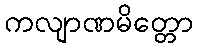
ကလျာဏမိတ္တော